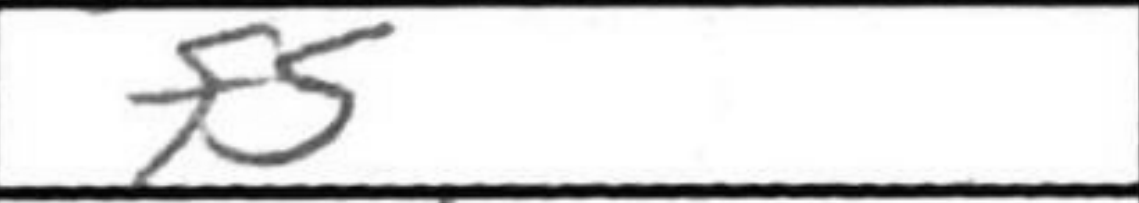
Transcription: f5